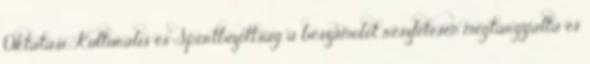
Oktatási, Kulturális és Sportbizottság a beszámolót részletesen megtárgyalta és